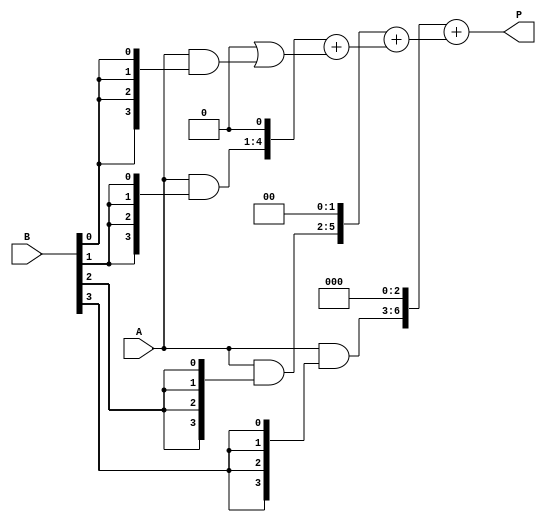
module array_multiplier #(parameter A_WIDTH = 4, B_WIDTH = 4) (
    input  [A_WIDTH-1:0] A,     // Multiplicand
    input  [B_WIDTH-1:0] B,     // Multiplier
    output [A_WIDTH + B_WIDTH - 1:0] P    // Product
);
    // Temporary wires for partial products
    wire [A_WIDTH-1:0] pp[B_WIDTH-1:0];

    // Generate partial products
    genvar i, j;
    generate
        for (i = 0; i < B_WIDTH; i = i + 1) begin : partial_products
            assign pp[i] = A & { {A_WIDTH{B[i]}} };
        end
    endgenerate

    // To hold the sum of partial products
    wire [A_WIDTH + B_WIDTH - 1:0] sum [B_WIDTH-1:0];

    // Assign the first partial product
    assign sum[0] = { B_WIDTH{1'b0} } | pp[0]; // Positioning the first partial product

    // Generate the final sum for the partial products
    genvar k;
    generate
        for (k = 1; k < B_WIDTH; k = k + 1) begin : adder
            // Shift each partial product based on its position
            assign sum[k] = {pp[k], k'b0} + sum[k-1]; // Shift and add to the previous sum
        end
    endgenerate

    // Final output assignment
    assign P = sum[B_WIDTH-1];

endmodule